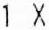
1 X